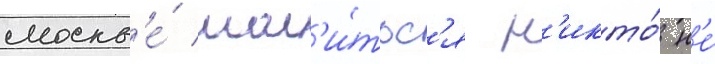
москв'е́ мол'и́тьс'я н'икто́ н'е́